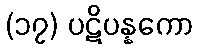
(၁၇) ပဋိပန္နကော